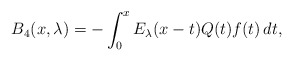
\begin{align*}B_4(x,\lambda)= -\int_0^x E_\lambda(x-t)Q(t)f(t)\,dt,\end{align*}